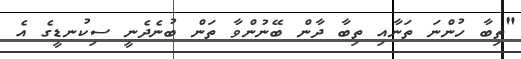
"ތިބާ ހުންނަ ތަނާއި ތިބާ ދާން ބޭނުންވާ ތަން ބުނެދެނީ ސިކުނޑީގެ އެ